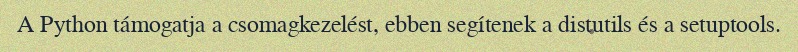
A Python támogatja a csomagkezelést, ebben segítenek a distutils és a setuptools.